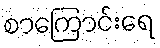
စာကြောင်းရေ